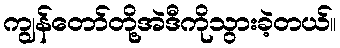
ကျွန်တော်တို့အဲဒီကိုသွားခဲ့တယ်။